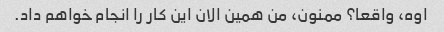
اوه، واقعا؟ ممنون، من همین الان این کار را انجام خواهم داد.